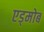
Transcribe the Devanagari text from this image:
एड्मोब